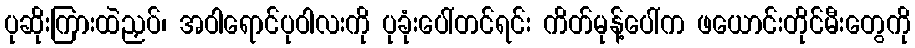
ပုဆိုးကြားထဲညှပ်၊ အဝါရောင်ပုဝါလးကို ပုခုံးပေါ်တင်ရင်း ကိတ်မုန့်ပေါ်က ဖယောင်းတိုင်မီးတွေကို